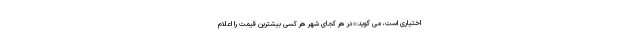
اختیاری است، می گوید:«در هر کجای شهر هر کسی بیشترین قیمت را اعلام